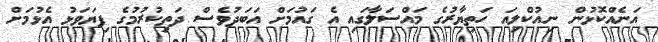
އަނެއްކޮޅުން ނިއުކްލިއަ ހަތިޔާރުގެ މައްސަލާގައި އެ ގައުމަށް އަބަދުވެސް ދަތިކުރުމުގެ ފިޔަވަޅު އެޅުމަށް